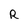
Character: R